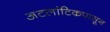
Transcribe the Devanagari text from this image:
अटलांटिकपासून